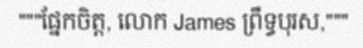
"""ផ្នែកចិត្ត, លោក James ព្រឹទ្ធបុរស,"""